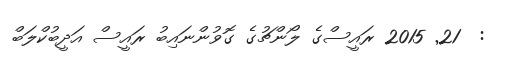
:  21